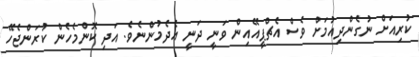
ކުރިއަށް ނުގެންދިއުމަށް ވެސް އެޗްޕީއޭއިން ވަނީ ދަނީ އެދެމުންނެވެ. އަދި ކޮންމެހެން ކުރަންޖެހޭ